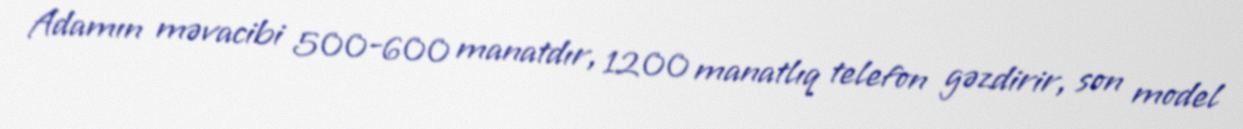
Adamın məvacibi 500-600 manatdır, 1200 manatlıq telefon gəzdirir, son model